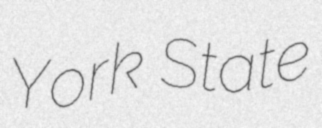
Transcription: York State